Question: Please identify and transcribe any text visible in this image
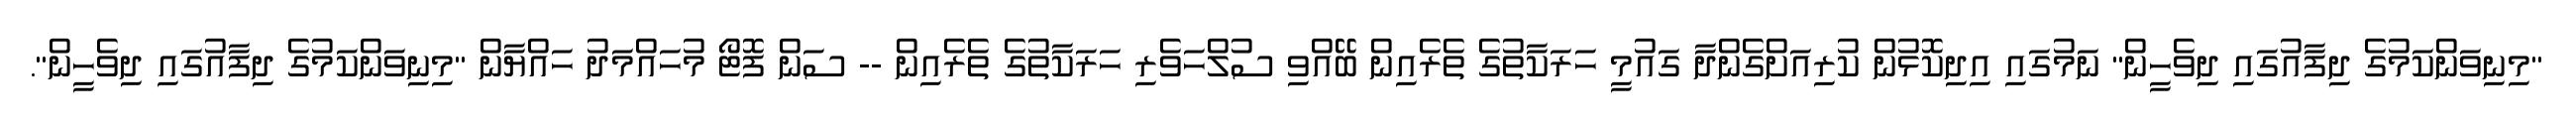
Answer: "މިނިވަންކަމުގެ ދިފާއުގައި ދިވެހީން" ނަމުގައި އިދިކޮޅުން ކުރިއަށްގެންދާ ގައުމީ ހަރަކާތުގެ ތެރެއިން ބޭއްވި ސުލްހަވެރި ހަރަކާތުގެ ތެރެއިން -- ސަން ފޮޓޯ މުހައްމަދު ހައްޔާން "މިނިވަންކަމުގެ ދިފާއުގައި ދިވެހީން".